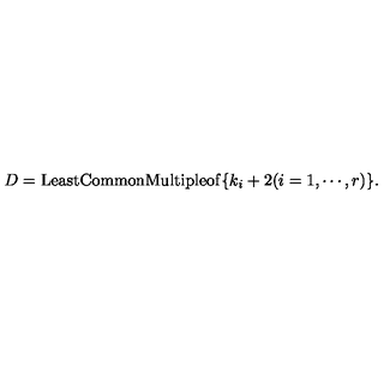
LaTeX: D = \mathrm { L e a s t C o m m o n M u l t i p l e o f } \{ k _ { i } + 2 ( i = 1 , \cdots , r ) \} .